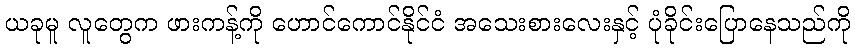
ယခုမူ လူတွေက ဖားကန့်ကို ဟောင်ကောင်နိုင်ငံ အသေးစားလေးနှင့် ပုံခိုင်းပြောနေသည်ကို